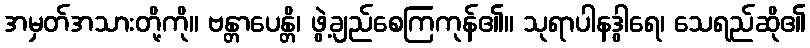
အမှတ်အသားတို့ကို။ ဗန္တာပေန္တိ၊ ဖွဲ့ချည်စေကြကုန်၏။ သုရာပါနဒွါရေ၊ သေရည်ဆို၏